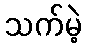
သက်မဲ့